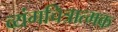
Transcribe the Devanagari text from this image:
व्यंगचित्रात्मक